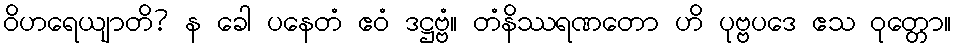
ဝိဟရေယျာတိ? န ခေါ ပနေတံ ဧဝံ ဒဋ္ဌဗ္ဗံ။ တံနိဿရဏတော ဟိ ပုဗ္ဗပဒေ ဧသ ဝုတ္တော။